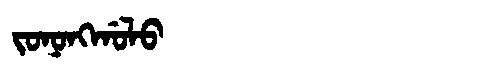
Manchu: ᠵᠣᠨᠣᠩᡤᠣᠯᠣ
Romanization: JONONGGOLO